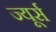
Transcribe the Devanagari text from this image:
ज्यूर्स